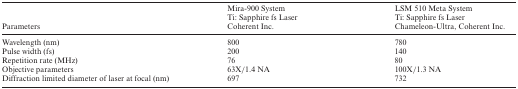
<table><thead><tr><td><b>Parameters</b></td><td><b>Mira-900 SystemTi: Sapphire fs LaserCoherent Inc.</b></td><td><b>LSM 510 Meta SystemTi: Sapphire fs LaserChameleon-Ultra, Coherent Inc.</b></td></tr></thead><tbody><tr><td>Wavelength (nm)</td><td>800</td><td>780</td></tr><tr><td>Pulse width (fs)</td><td>200</td><td>140</td></tr><tr><td>Repetition rate (MHz)</td><td>76</td><td>80</td></tr><tr><td>Objective parameters</td><td>63X/1.4 NA</td><td>100X/1.3 NA</td></tr><tr><td>Diffraction limited diameter of laser at focal (nm)</td><td>697</td><td>732</td></tr></tbody></table>